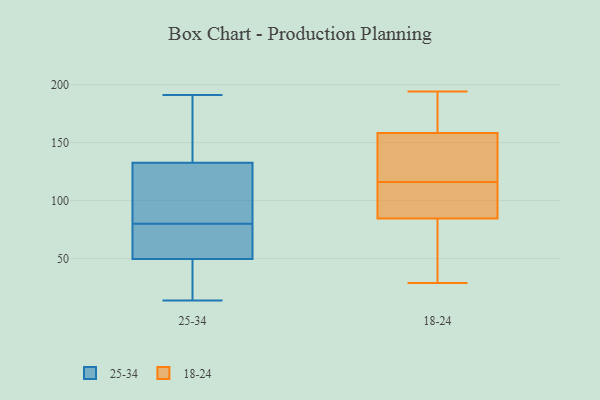
{"axis": {"x": "Revenue (USD Million)", "y": "Value"}, "legend": ["18-24", "25-34"], "data": [{"x": "", "y": 104, "type": "25-34"}, {"x": "", "y": 115, "type": "25-34"}, {"x": "", "y": 138, "type": "25-34"}, {"x": "", "y": 36, "type": "25-34"}, {"x": "", "y": 146, "type": "25-34"}, {"x": "", "y": 80, "type": "25-34"}, {"x": "", "y": 191, "type": "25-34"}, {"x": "", "y": 53, "type": "25-34"}, {"x": "", "y": 80, "type": "25-34"}, {"x": "", "y": 40, "type": "25-34"}, {"x": "", "y": 131, "type": "25-34"}, {"x": "", "y": 14, "type": "25-34"}, {"x": "", "y": 61, "type": "25-34"}, {"x": "", "y": 172, "type": "18-24"}, {"x": "", "y": 80, "type": "18-24"}, {"x": "", "y": 98, "type": "18-24"}, {"x": "", "y": 192, "type": "18-24"}, {"x": "", "y": 111, "type": "18-24"}, {"x": "", "y": 159, "type": "18-24"}, {"x": "", "y": 173, "type": "18-24"}, {"x": "", "y": 76, "type": "18-24"}, {"x": "", "y": 155, "type": "18-24"}, {"x": "", "y": 29, "type": "18-24"}, {"x": "", "y": 52, "type": "18-24"}, {"x": "", "y": 50, "type": "18-24"}, {"x": "", "y": 142, "type": "18-24"}, {"x": "", "y": 156, "type": "18-24"}, {"x": "", "y": 156, "type": "18-24"}, {"x": "", "y": 105, "type": "18-24"}, {"x": "", "y": 116, "type": "18-24"}, {"x": "", "y": 112, "type": "18-24"}, {"x": "", "y": 194, "type": "18-24"}]}